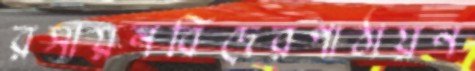
রসায়নবিদেরপাঠায়ন